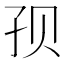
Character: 𱙷